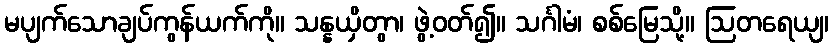
မပျက်သောချပ်ကွန်ယက်ကို။ သန္နယှိတွာ၊ ဖွဲ့ဝတ်၍။ သင်္ဂါမံ၊ စစ်မြေသို့။ ဩတရေယျ၊